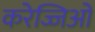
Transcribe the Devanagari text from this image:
करेज्जिओं